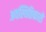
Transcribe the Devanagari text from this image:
अवस्थितिकारों